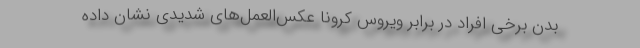
بدن برخی افراد در برابر ویروس کرونا عکس‌العمل‌های شدیدی نشان داده